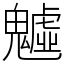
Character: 魖